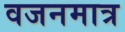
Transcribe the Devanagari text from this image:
वजनमात्र